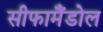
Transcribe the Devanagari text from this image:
सीफामैंडोल